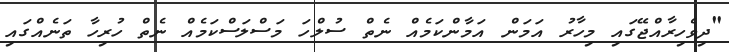
"ދިވެހިރާއްޖޭގައި މިހާރު އަމަން އަމާންކަމެއް ނެތް ސުލްހަ މަސްލަސްކަމެއް ނެތް ހުރިހާ ތަނެއްގައި